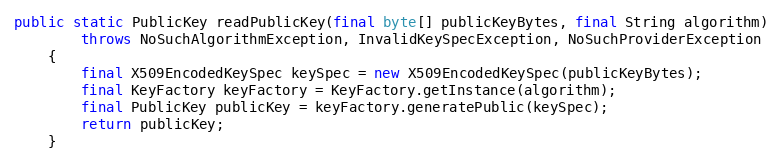
Language: Java
public static PublicKey readPublicKey(final byte[] publicKeyBytes, final String algorithm)
		throws NoSuchAlgorithmException, InvalidKeySpecException, NoSuchProviderException
	{
		final X509EncodedKeySpec keySpec = new X509EncodedKeySpec(publicKeyBytes);
		final KeyFactory keyFactory = KeyFactory.getInstance(algorithm);
		final PublicKey publicKey = keyFactory.generatePublic(keySpec);
		return publicKey;
	}